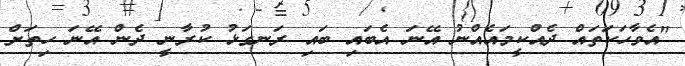
"އެވާހަކަތައް ދެއްކީމައެއްނު އޭނަ އެބައި ބައި ރަނގަޅު ކުރާނީ ދެން އޭނަ ހިތަށް